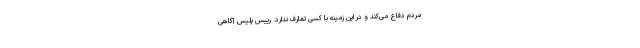
مردم دفاع می‌کند و در این زمینه با کسی تعارف ندارد. رییس پلیس آگاهی